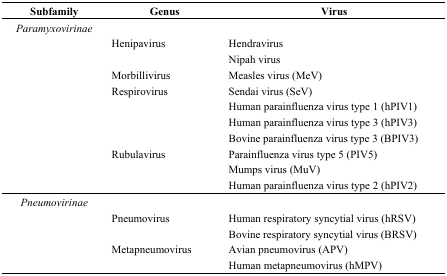
| Subfamily | Genus | Virus |
 | --- | --- | --- |
 | Paramyxovirinae |  |  |
 |  | Henipavirus | Hendravirus |
 |  |  | Nipah virus |
 |  | Morbillivirus | Measles virus (MeV) |
 |  | Respirovirus | Sendai virus (SeV) |
 |  |  | Human parainfluenza virus type 1 (hPIV1) |
 |  |  | Human parainfluenza virus type 3 (hPIV3) |
 |  |  | Bovine parainfluenza virus type 3 (BPIV3) |
 |  | Rubulavirus | Parainfluenza virus type 5 (PIV5) |
 |  |  | Mumps virus (MuV) |
 |  |  | Human parainfluenza virus type 2 (hPIV2) |
 | Pneumovirinae |  |  |
 |  | Pneumovirus | Human respiratory syncytial virus (hRSV) |
 |  |  | Bovine respiratory syncytial virus (BRSV) |
 |  | Metapneumovirus | Avian pneumovirus (APV) |
 |  |  | Human metapneumovirus (hMPV) |